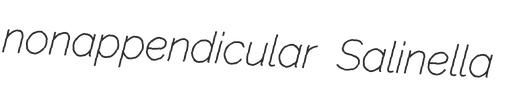
nonappendicular Salinella